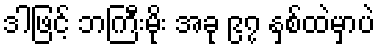
ဒါဖြင့် ဘကြီးမိုး အခု ၉၇ နှစ်ထဲမှာပဲ